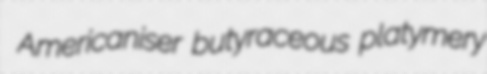
Americaniser butyraceous platymery